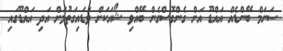
ސަނަމް ބޭންޑެއް އައްޑޫ އަށް ގެންގޮސްގެން ބޭއްވި ޝޯއަކަށް ވަޑައިގަތުމަށް އަދި އައްޑޫގައި